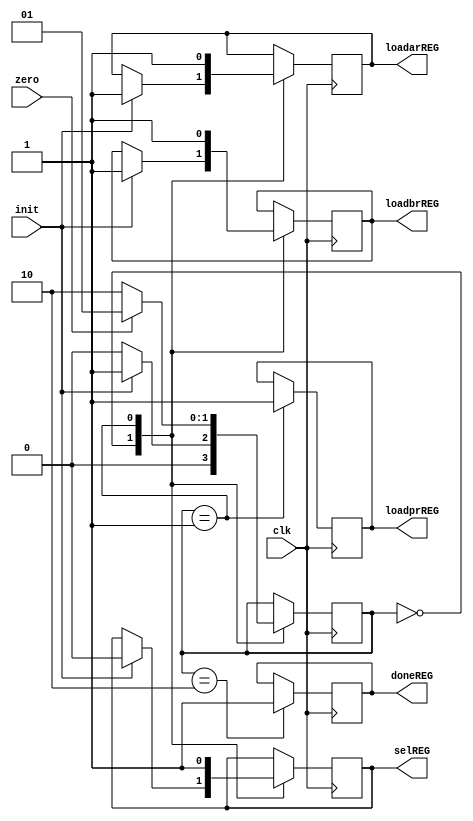
module uc (zero, 
			  init, 
			  loadbrREG, 
			  loadarREG, 
			  loadprREG, 
			  selREG, 
			  doneREG, 
			  clk);

	input zero, init, clk;
	output loadarREG, loadbrREG, loadprREG, selREG, doneREG;
	
	
	reg loadar, loadbr, loadpr, sel, done;
	reg [1:0] state;
	
	parameter IDLE = 2'b00,
				 MUL = 2'b01,
				 FIM = 2'b10;
	
	initial begin
	
		done = 1'b0;
		loadar = 1'b0;
		loadbr = 1'b0;
		loadpr = 1'b0;
		sel = 1'b0;
		state <= IDLE;
	
	end
	
	
	always @(posedge clk) begin
		case (state)
			IDLE: begin
				if (init == 1'b1) begin
					sel = 1'b0;
					loadar = 1'b1;
					loadbr = 1'b1;
					state = MUL;
				end
			
				else state = IDLE;
			end
			MUL: begin
				sel = 1'b1;
				loadar = 1'b1;
				loadbr = 1'b1;
				loadpr = 1'b1;
				if (zero == 1'b0)
					state = FIM;
				else state = MUL;
			
			end
			
			FIM: 
				done = 1'b1;	
		endcase
	end

	assign loadarREG = loadar,
			 loadbrREG = loadbr,
			 loadprREG = loadpr,
			 selREG = sel,
			 doneREG = done;
			 

endmodule